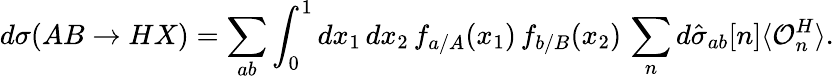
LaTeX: d\sigma(AB\to HX)=\sum_{ab}\int_{0}^{1}dx_{1}\, dx_{2}\, f_{a/A}(x_{1})\, f_{b/B}(x_{2})\, \sum_{n}d\hat{\sigma}_{ab}[n]\langle{\mathcal O}_{n}^{H}\rangle.